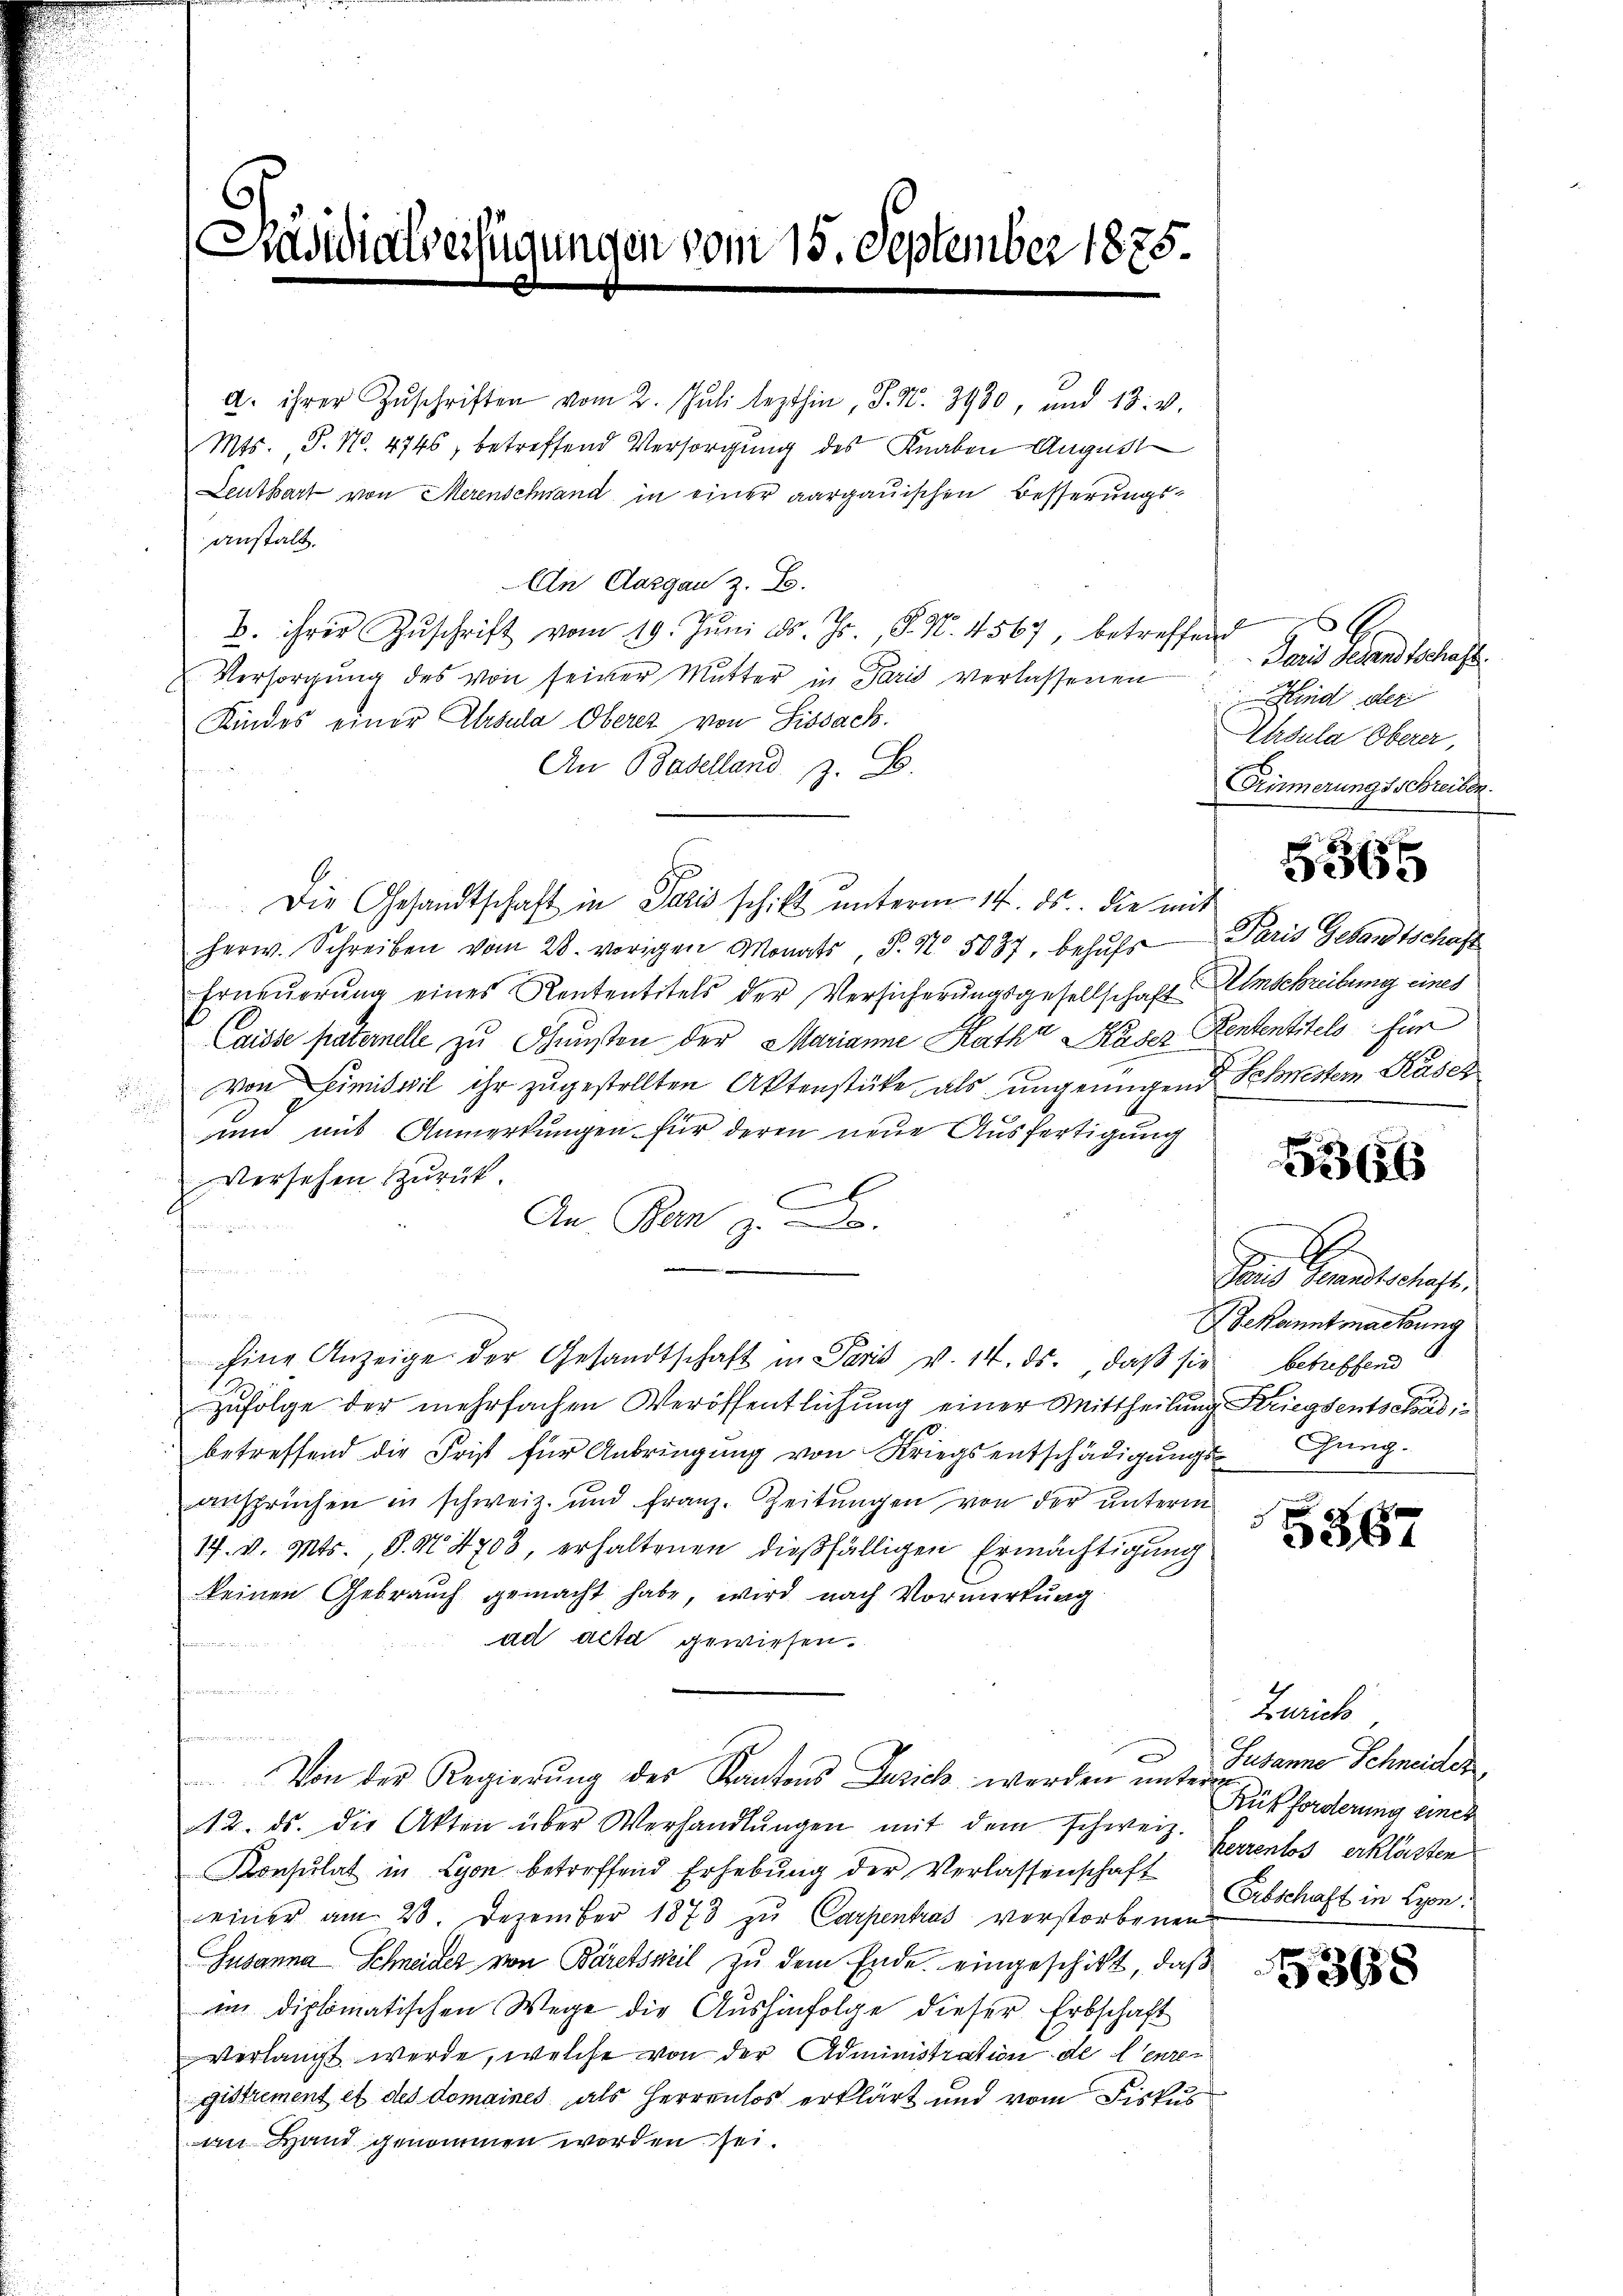
Gasidialseitigungen vom 15. September 1875.

a. ihrer Zŭschriften vom 2. Jŭli lezthin, S. N. 3980, und 18. v.
Mts., P. No. 4746, betreffend Versorgung des Knaben August
Leuthart von Merenschwand in einer aargauischen Besserungsanstalt.
An Aargau z. B.
. ihrer Zŭschrift vom 19. Jŭni d. Js., S. N. 4567, betreffend
Versorgung des von seiner Mutter in Paris verlassenen
Kindes einer Absula Oberez von Fissach.
An Baselland z. B.
Die Gesandtschaft in Paris schift unterm 14. ds. die mit
Herw. Schreiben vom 28. vorigen Monats, P. Nr. 5037. behŭfs Paris Gesandtschaft
Erneuerung eines Rententitels der Versicherungsgesellschaft Umschreibung eines
Caisse paternelle zu Gunsten der Marianne Rath Käser Rententitels für
von Dimiswil ihr zugestellten Aktenstücke als ungenügend Schwestern Kaser
¬
und mit Anmerkungen für deren neue Ausfertigung
Versehen zurück.
A
An Bern z
wegenden 1
u
Eine Anzeige der Gesandtschaft in Paris v. 14. ds. daβ sie betreffend
zufolge der mehrfachen Veröffentlichung einer Mittheilung Kriegsentschäd
betreffend die Frist für Anbringung von Kriegsentschädigungs
ansprüchen in schweiz. und Franz. Zeitungen von der unterm
17. v. Mts., S. N. 4708, erhaltenen dießfälligen Ermächtigung
keinen Gebrauch gemacht habe, wird nach Vormerkung
ad acta gewiesen.
ennen

sammen
.
Von der Regierŭng des Kantons Zusich werden unter Fr. anne Schneider
12. ds. die Akten über Verhandlŭngen mit dem schweiz.
Konsulat in Lyon betreffend Erhebŭng der Verlassenschaft Herrenlos erklästen
einer am 28. Dezember 1873 zu Carpentras verstorbenen
Susanna Schneider von Bäretsweil zu dem Ende eingeschikt, daß
im diplomatischen Wege die Aŭshinfolge dieser Erbschaft
verlangt werde, welche von der Administration de l’enregistrement et des domaines als Herrenlos erklärt und vom Fiskus
an Hand genommen worden sei.

G.
Paris Gesandtschaft.
ind der
Ehrsula Oberer,
Fiimerungsschreiben.

6

52x

E
Daus Gesandtschaft,
Dekanntmachung
Chung.

2

867

Zürich
Rükforderung einer
Erbschaft in Lyon.

5368